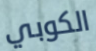
الكوبي